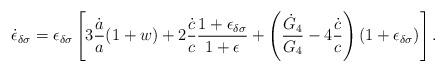
LaTeX: \begin{align*}\dot{\epsilon}_{\delta\sigma}=\epsilon_{\delta\sigma}\left[3{\dot{a}\over a}(1+w)+2{\dot{c}\over c}{{1+\epsilon_{\delta\sigma}}\over{1+\epsilon}}+\left({\dot{G}_4\over G_4}-4{\dot{c}\over c}\right)(1+\epsilon_{\delta\sigma})\right].\end{align*}